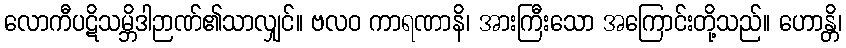
လောကီပဋိသမ္ဘိဒါဉာဏ်၏သာလျှင်။ ဗလဝ ကာရဏာနိ၊ အားကြီးသော အကြောင်းတို့သည်။ ဟောန္တိ၊